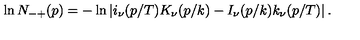
\ln N _ { - + } ( p ) = - \ln \left| i _ { \nu } ( p / T ) K _ { \nu } ( p / k ) - I _ { \nu } ( p / k ) k _ { \nu } ( p / T ) \right| .